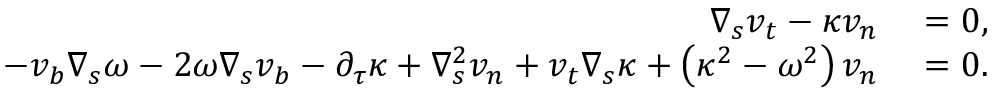
\begin{array} { r l } { \nabla _ { s } v _ { t } - \kappa v _ { n } } & { { } = 0 , } \\ { - v _ { b } \nabla _ { s } \omega - 2 \omega \nabla _ { s } v _ { b } - \partial _ { \tau } \kappa + \nabla _ { s } ^ { 2 } v _ { n } + v _ { t } \nabla _ { s } \kappa + \left( \kappa ^ { 2 } - \omega ^ { 2 } \right) v _ { n } } & { { } = 0 . } \end{array}